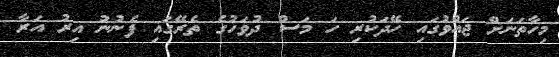
މިހާތަނަށް ޖައްވުގައި ހޭދަކުރި ހަ މަސް ދުވަހުގެ ތެރޭގައި ފެނުނު އިރު އަރާ